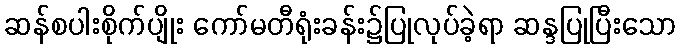
ဆန်စပါးစိုက်ပျိုး ကော်မတီရုံးခန်း၌ပြုလုပ်ခဲ့ရာ ဆန္ဒပြုပြီးသော